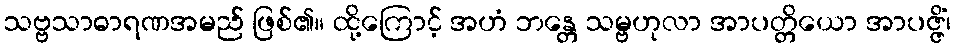
သဗ္ဗသာဓာရဏအမည် ဖြစ်၏။ ထို့ကြောင့် အဟံ ဘန္တေ သမ္ဗဟုလာ အာပတ္တိယော အာပဇ္ဇိံ၊